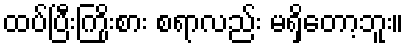
ထပ်ပြီးကြိုးစား စရာလည်း မရှိတော့ဘူး။